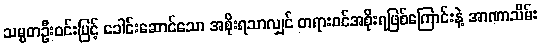
သမ္မတဦးဝင်းမြင့် ခေါင်းဆောင်သော အစိုးရသာလျှင် တရားဝင်အစိုးရဖြစ်ကြောင်းနဲ့ အာဏာသိမ်း